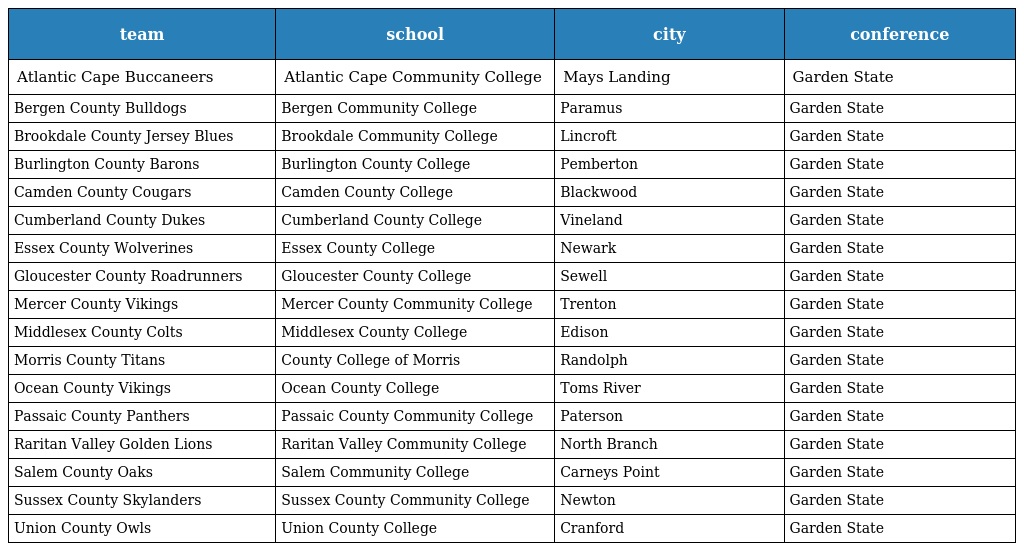
| team | school | city | conference |
 | --- | --- | --- | --- |
 | Atlantic Cape Buccaneers | Atlantic Cape Community College | Mays Landing | Garden State |
 | Bergen County Bulldogs | Bergen Community College | Paramus | Garden State |
 | Brookdale County Jersey Blues | Brookdale Community College | Lincroft | Garden State |
 | Burlington County Barons | Burlington County College | Pemberton | Garden State |
 | Camden County Cougars | Camden County College | Blackwood | Garden State |
 | Cumberland County Dukes | Cumberland County College | Vineland | Garden State |
 | Essex County Wolverines | Essex County College | Newark | Garden State |
 | Gloucester County Roadrunners | Gloucester County College | Sewell | Garden State |
 | Mercer County Vikings | Mercer County Community College | Trenton | Garden State |
 | Middlesex County Colts | Middlesex County College | Edison | Garden State |
 | Morris County Titans | County College of Morris | Randolph | Garden State |
 | Ocean County Vikings | Ocean County College | Toms River | Garden State |
 | Passaic County Panthers | Passaic County Community College | Paterson | Garden State |
 | Raritan Valley Golden Lions | Raritan Valley Community College | North Branch | Garden State |
 | Salem County Oaks | Salem Community College | Carneys Point | Garden State |
 | Sussex County Skylanders | Sussex County Community College | Newton | Garden State |
 | Union County Owls | Union County College | Cranford | Garden State |